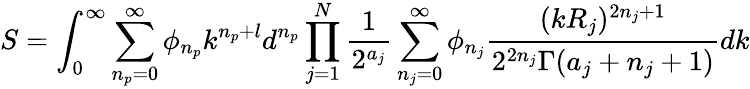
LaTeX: S=\int_{0}^{\infty}\sum_{n_{p}=0}^{\infty}\phi_{n_{p}}k^{n_{p}+l}d^{n_{p}}\prod_{j=1}^{N}\frac{1}{2^{a_{j}}}\sum_{n_{j}=0}^{\infty}\phi_{n_{j}}\frac{(kR_{j})^{2n_{j}+1}}{2^{2n_{j}}\Gamma(a_{j}+n_{j}+1)}d{k}